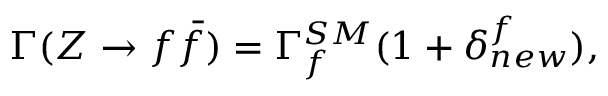
\Gamma ( Z \rightarrow f { \bar { f } } ) = \Gamma _ { f } ^ { S M } ( 1 + \delta _ { n e w } ^ { f } ) ,